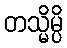
တသ္မိမ္ပိ